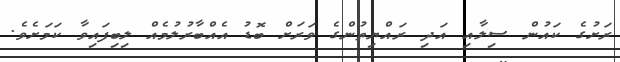
ރަށުގެ ކައުން ސިލާއި އަދި ރައްޔިތުންގެ ވަރަށް ބޮޑު އެއްބާރުލުމެއް ލިބިފައިވާ ކަމަށެވެ.